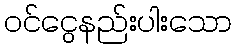
ဝင်ငွေနည်းပါးသော